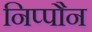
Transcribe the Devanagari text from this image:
निप्पौन